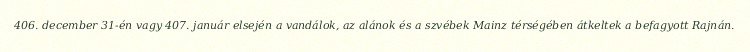
406. december 31-én vagy 407. január elsején a vandálok, az alánok és a szvébek Mainz térségében átkeltek a befagyott Rajnán.